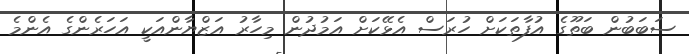
ސަބަބުން ބަތޫގެ އުފާތަކަށް ހުރަސް އެޅޭކަށް އަމުދުން މިހާރު އަޒްޔާންއަކީ އަހަރެންގެ އެންމެ